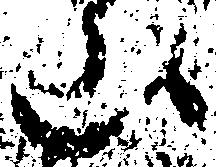
山